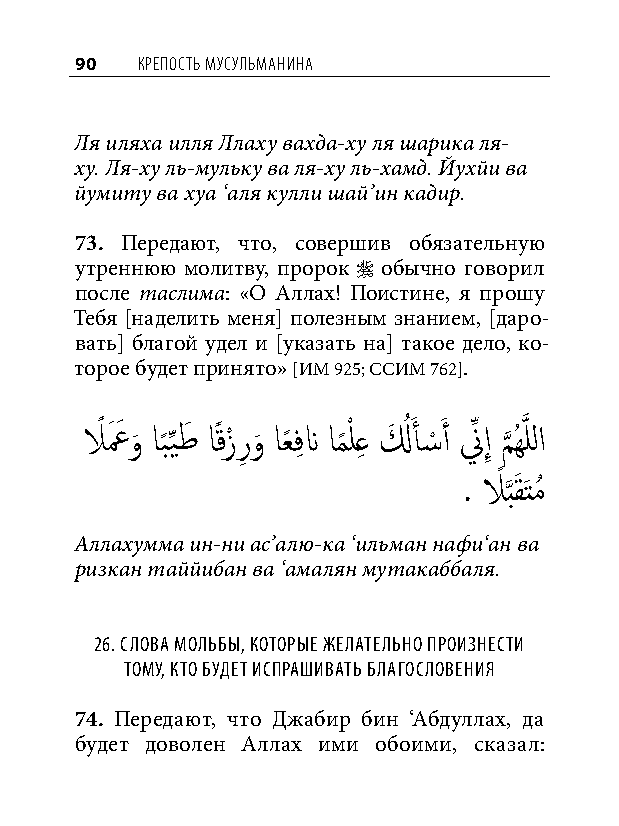
90  КреПость мусульманина
 Ля иляха илля Ллаху вахда-ху ля шарика ля-
 ху. Ля-ху ль-мульку ва ля-ху ль-хамд. Йухйи ва
 йумиту ва хуа ‘аля кулли шай’ин кадир.
 73. Передают, что, совершив обязательную
 утреннюю молитву, пророк  обычно говорил
 после таслима: «О Аллах! Поистине, я прошу
 Тебя [наделить меня] полезным знанием, [даро-
 вать] благой удел и [указать на] такое дело, ко-
 торое будет принято» [ИМ 925; ССИМ 762].
 لاً عَ َ و
 َ
 اب
 ً
 ِّيطَ اًقزْ رِ و
 َ
 اعً فِ ن ام
 ً
 ْ لعِ لَ ُ أَ �ْ َ أ نِّ إِ م
 َّذ
 ُهَّذ للا
 . لاً َّذبَقَتمُ
 Аллахумма ин-ни ас’алю-ка ‘ильман нафи‘ан ва
 ризкан таййибан ва ‘амалян мутакаббаля.
 26. Слова мольбы, которые желательно произнеСти
 тому, кто будет иСпрашивать благоСловения
 74. Передают, что Джабир бин ‘Абдуллах, да
 будет доволен Аллах ими обоими, сказал: